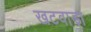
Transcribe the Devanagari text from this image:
खटवाड़ा